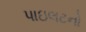
પાઇલટનો